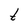
Character: t